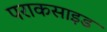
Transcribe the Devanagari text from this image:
पराकसाइड